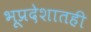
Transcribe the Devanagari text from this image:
भूप्रदेशातही